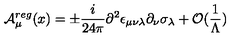
{ \cal A } _ { \mu } ^ { r e g } ( x ) = \pm \frac { i } { 2 4 \pi } \partial ^ { 2 } \epsilon _ { \mu \nu \lambda } \partial _ { \nu } \sigma _ { \lambda } + { \cal O } ( \frac { 1 } { \Lambda } )